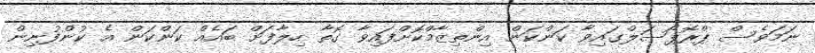
ނަމަވެސް ޕްރޮޕޯސަލްގައިވާ ކަންކަން އިންތިޒާމްކޮށްފައިވާ ގޮތާ ހިލާފަށް ބައެއް ކަންކަން އެ ކުންފުނިން